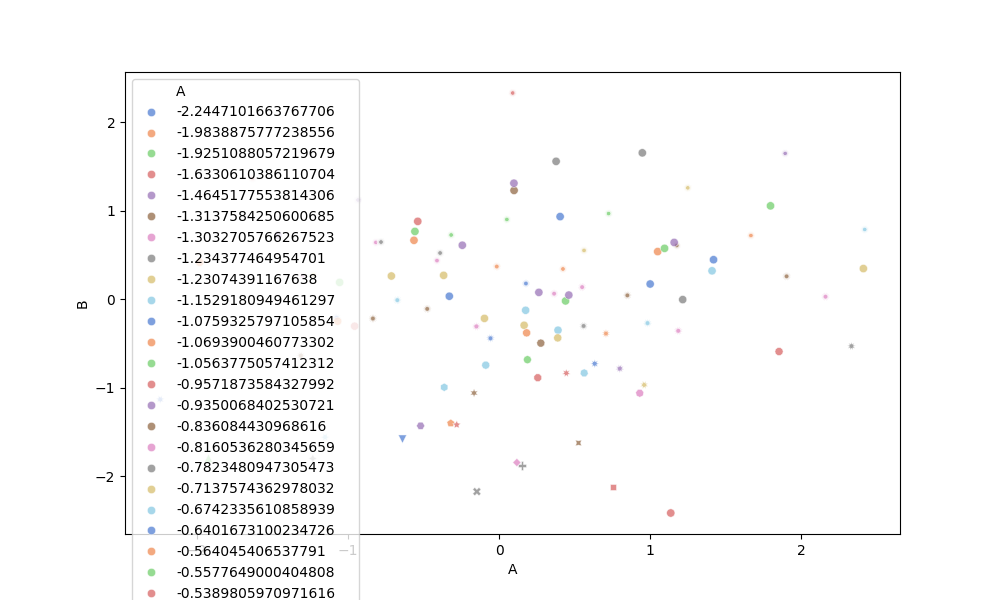
python, seaborn, scatterplot, hue='A', style='B', size='None', palette='muted', alpha=0.7